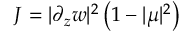
J = | \partial _ { z } w | ^ { 2 } \left( 1 - | \mu | ^ { 2 } \right)